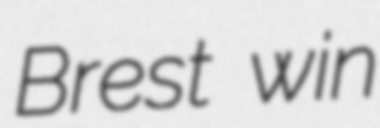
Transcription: Brest win